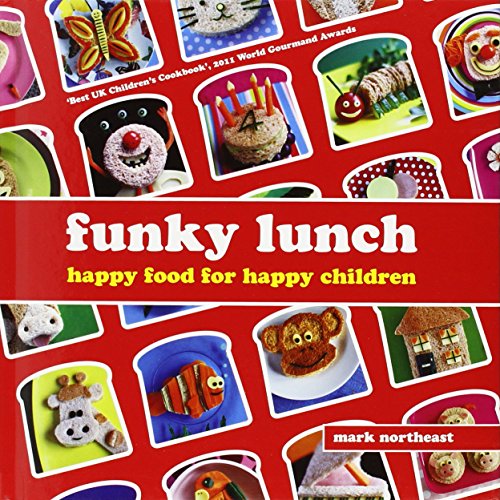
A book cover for Funky Lunch; Mark Northeast; Cookbooks, Food & Wine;